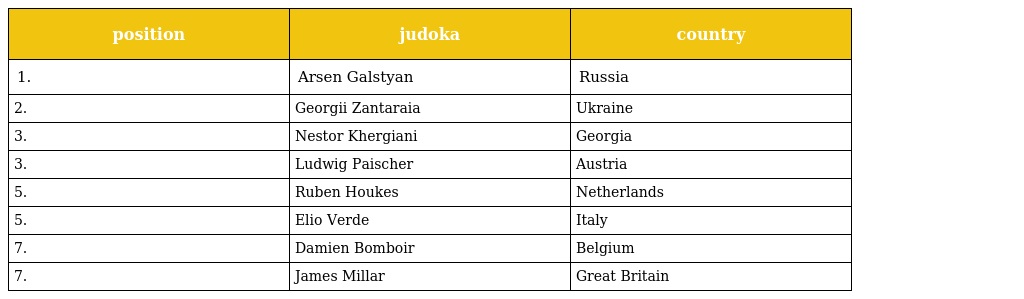
| position | judoka | country |
 | --- | --- | --- |
 | 1. | Arsen Galstyan | Russia |
 | 2. | Georgii Zantaraia | Ukraine |
 | 3. | Nestor Khergiani | Georgia |
 | 3. | Ludwig Paischer | Austria |
 | 5. | Ruben Houkes | Netherlands |
 | 5. | Elio Verde | Italy |
 | 7. | Damien Bomboir | Belgium |
 | 7. | James Millar | Great Britain |